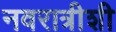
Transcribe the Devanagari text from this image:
नवरात्रीशी